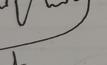
Signature authenticity: forged